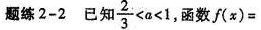
题练2-2 已知\frac{2}{3}<a<1,函数f(x)=